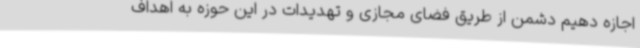
اجازه دهیم دشمن از طریق فضای مجازی و تهدیدات در این حوزه به اهداف